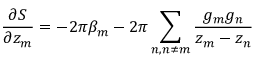
\frac { \partial S } { \partial z _ { m } } = - 2 \pi \beta _ { m } - 2 \pi \sum _ { n , n \neq m } \frac { g _ { m } g _ { n } } { z _ { m } - z _ { n } }